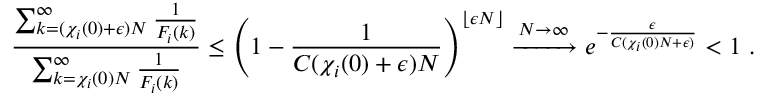
\frac { \sum _ { k = ( \chi _ { i } ( 0 ) + \epsilon ) N } ^ { \infty } \frac { 1 } { F _ { i } ( k ) } } { \sum _ { k = \chi _ { i } ( 0 ) N } ^ { \infty } \frac { 1 } { F _ { i } ( k ) } } \le \left( 1 - \frac { 1 } { C ( \chi _ { i } ( 0 ) + \epsilon ) N } \right) ^ { \lfloor \epsilon N \rfloor } \xrightarrow { N \to \infty } e ^ { - \frac { \epsilon } { C ( \chi _ { i } ( 0 ) N + \epsilon ) } } < 1 \ .